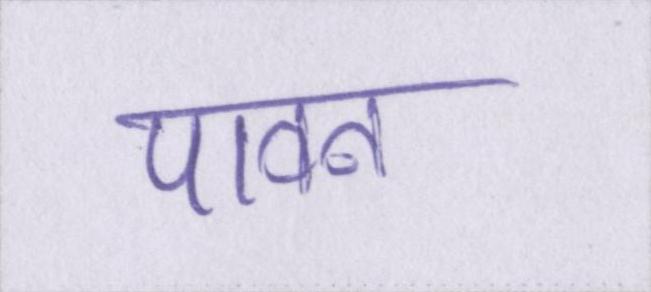
पावन